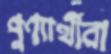
পুণ্যার্থীরা